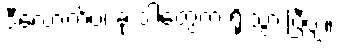
ဒီလောက်ပဲ၊ ခု ဒါတွေက ရိုးသွားပြီဗျ။